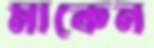
মাকেন